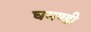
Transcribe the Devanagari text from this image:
घमण्‍डी